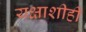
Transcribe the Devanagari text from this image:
यक्षाशीही